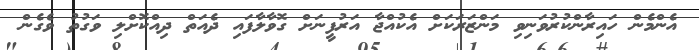
އެންމެން ހައިރާންކުރުވަނިވި މަންޒަރަކަށް އެކުއްޖާ އަރުފީނަށް ގޮވާލާފައި ދެއަތް ދިއްކޮށްލި ވަގުތު ވެގެން